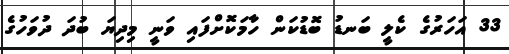
33 އަހަރުގެ ކެލީ ބަނޑު ބޮޑުކަން ހާމަކޮށްފައި ވަނީ މިދިޔަ ބުދަ ދުވަހުގެ